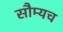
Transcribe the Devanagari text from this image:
सौम्यच